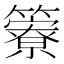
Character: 𥶣